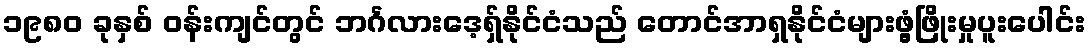
၁၉၈၀ ခုနှစ် ဝန်းကျင်တွင် ဘင်္ဂလားဒေ့ရှ်နိုင်ငံသည် တောင်အာရှနိုင်ငံများဖွံ့ဖြိုးမှုပူးပေါင်း